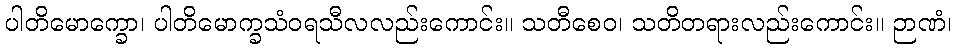
ပါတိမောက္ခော၊ ပါတိမောက္ခသံဝရသီလလည်းကောင်း။ သတီစေဝ၊ သတိတရားလည်းကောင်း။ ဉာဏံ၊